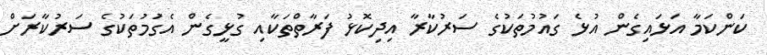
ކަންކަމާ އަޅައިގެން އުޅެ ގައުމުތަކުގެ ސަރުކާރާ އިދިކޮޅު ފަރާތްތަކާއި ގުޅީގެން އެގަުމުތަކުގެ ސަރުކާރަށް